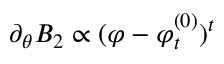
\partial _ { \theta } B _ { 2 } \propto ( \varphi - \varphi _ { t } ^ { ( 0 ) } ) ^ { t }